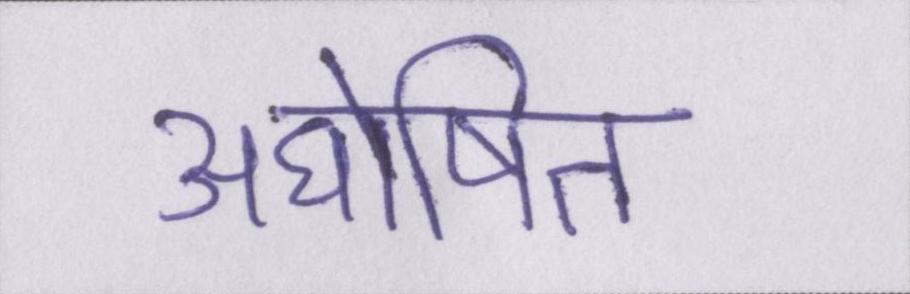
अघोषित